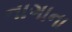
નાગાના